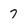
Character: 7